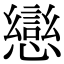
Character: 𭟄